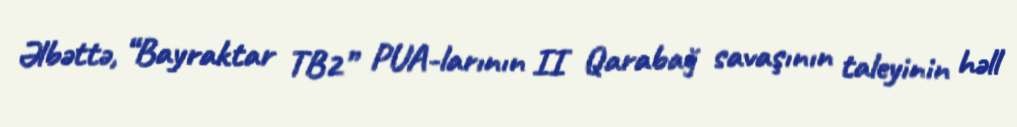
Əlbəttə, “Bayraktar TB2” PUA-larının II Qarabağ savaşının taleyinin həll